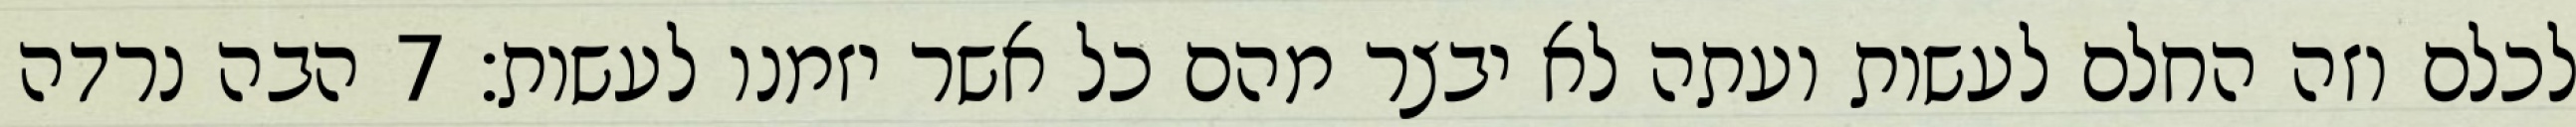
לכלם וזה החלם לעשות ועתה לא יבצר מהם כל אשר יזמנו לעשות׃ ‎7‏ הבה נרדה